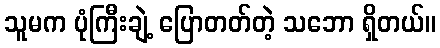
သူမက ပုံကြီးချဲ့ ပြောတတ်တဲ့ သဘော ရှိတယ်။